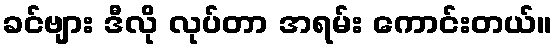
ခင်ဗျား ဒီလို လုပ်တာ အရမ်း ကောင်းတယ်။